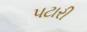
પટારી